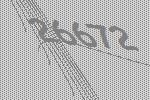
26672